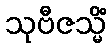
သုဗီဇသ္မိံ